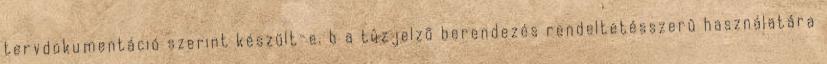
tervdokumentáció szerint készült-e. b a tûzjelzõ berendezés rendeltetésszerû használatára